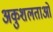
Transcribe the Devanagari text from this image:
अकुशलताओं